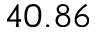
4 0 . 8 6